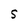
Character: S